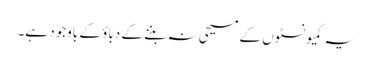
یہ کمیونسٹوں کے مسیحی نہ بننے کے دباؤ کے باوجود ہے۔